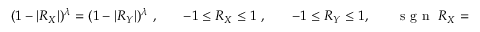
\begin{array} { r l r l r l r } { ( 1 - | R _ { X } | ) ^ { \lambda } = ( 1 - | R _ { Y } | ) ^ { \lambda } ~ , } & { { } } & { - 1 \le R _ { X } \le 1 ~ , } & { { } } & { - 1 \le R _ { Y } \le 1 , } & { { } } & { \textrm { s g n } ~ R _ { X } = \textrm { s g n } ~ R _ { Y } ~ , } \end{array}